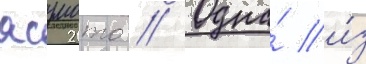
ясумото // Одна́ и́з